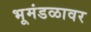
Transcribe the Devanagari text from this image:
भूमंडळावर